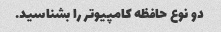
دو نوع حافظه کامپیوتر را بشناسید.